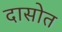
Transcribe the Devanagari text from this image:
दासोत